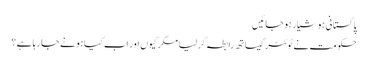
پاکستانی ہوشیار ہو جائیں
حکومت نے ٹوئٹر کیساتھ رابطہ کر لیا مگر کیوں اور اب کیا ہونے جا رہا ہے؟